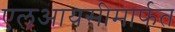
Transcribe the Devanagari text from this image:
एलआयसीमार्फत